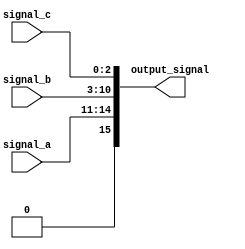
module ConcatenationExample (
    input wire [3:0] signal_a,      // 4-bit input signal
    input wire [7:0] signal_b,      // 8-bit input signal
    input wire [2:0] signal_c,      // 3-bit input signal
    output wire [15:0] output_signal // 15-bit output signal
);

// Continuous assignment for concatenation
assign output_signal = {signal_a, signal_b, signal_c};

endmodule